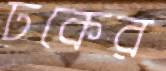
ঢকের